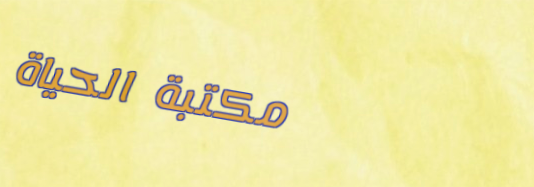
مكتبة الحياة